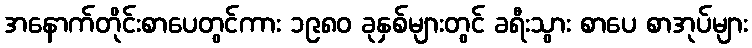
အနောက်တိုင်းစာပေတွင်ကား ၁၉၈၀ ခုနှစ်များတွင် ခရီးသွား စာပေ စာအုပ်များ